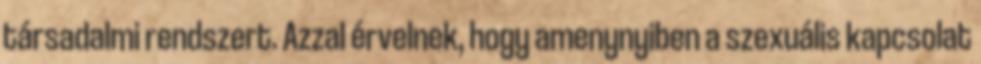
társadalmi rendszert. Azzal érvelnek, hogy amenynyiben a szexuális kapcsolat